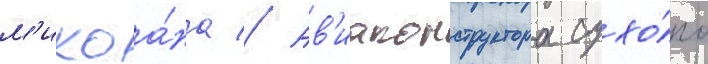
м'икоа́на // Ав'иаконструктора сухо́го